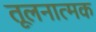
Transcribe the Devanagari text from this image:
तूलनात्मक